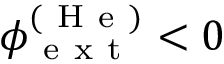
\phi _ { \mathrm { ~ e ~ x ~ t ~ } } ^ { ( \mathrm { ~ H ~ e ~ } ) } < 0